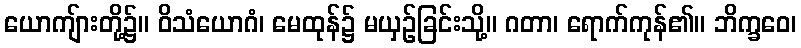
ယောကျ်ားတို့၌။ ဝိသံယောဂံ၊ မေထုန်၌ မယှဉ်ခြင်းသို့။ ဂတာ၊ ရောက်ကုန်၏။ ဘိက္ခဝေ၊